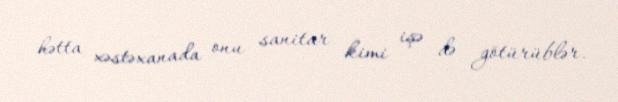
hətta xəstəxanada onu sanitar kimi işə də götürüblər.